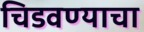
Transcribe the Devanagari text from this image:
चिडवण्याचा